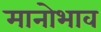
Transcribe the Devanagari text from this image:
मानोभाव